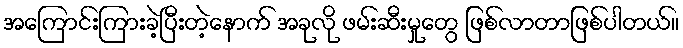
အကြောင်းကြားခဲ့ပြီးတဲ့နောက် အခုလို ဖမ်းဆီးမှုတွေ ဖြစ်လာတာဖြစ်ပါတယ်။